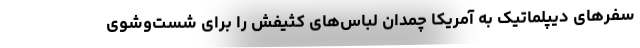
سفرهای دیپلماتیک به آمریکا چمدان لباس‌های کثیفش را برای شست‌و‌شوی